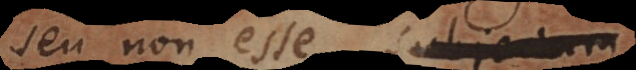
seu non esse subjectum